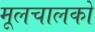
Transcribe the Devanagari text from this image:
मूलचालकों